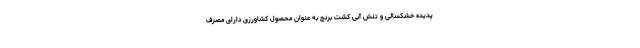
پدیده خشکسالی و تنش آبی کشت برنج به عنوان محصول کشاورزی دارای مصرف